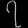
Digit: ၇